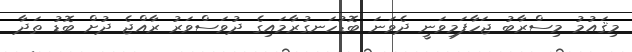
މިޤައުމު މިސްރާބު ޖަހާފަމިވަނީ ދެވަނަ ބޮޑުހަނގުރާމައިގެ ދުވަސްވަރު ރާއްޖެ ދުށް ބޮޑު ތަދާ